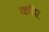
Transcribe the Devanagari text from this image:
काॅए